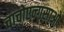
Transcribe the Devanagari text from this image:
चाचोएन्गसाओ